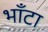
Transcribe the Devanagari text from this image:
भाँटा